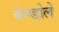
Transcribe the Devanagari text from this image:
केण्डोले